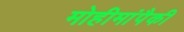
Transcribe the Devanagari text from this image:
मोहीमांपैकी